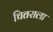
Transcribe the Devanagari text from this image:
चितराला